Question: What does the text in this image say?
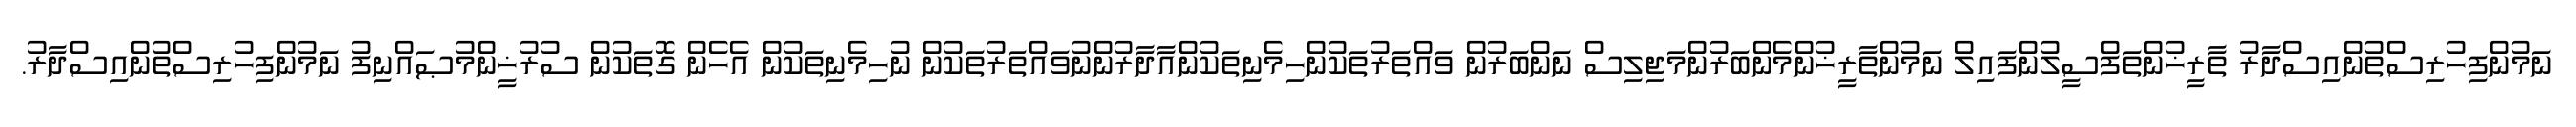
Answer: ނަމުންފިހުރިސްތުންއިސްދާރު ތާރީޚުންތަފްސީލުންފައިލް ނަމުންތާރީޚުންމެންބަރުންމަޖިލިސް ނަންބަރުން ވައްތަރުތަކުންހިމެނިތަކުންއާދާރުންނުވައްތަރުތަކުން ނުހިމެނިތަކުން އެހެން ގޮތަކުން ސުރުޚީންމުޞައްނިފު ނަމުންފިހުރިސްތުންއިސްދާރު.